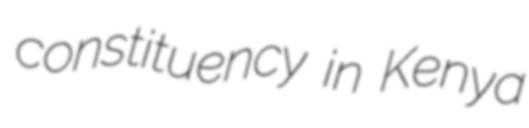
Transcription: constituency in Kenya